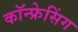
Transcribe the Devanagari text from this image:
कॉन्फ्रेसिंग